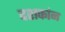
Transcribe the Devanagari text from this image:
दशकांन